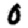
Digit: 0